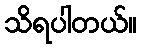
သိရပါတယ်။